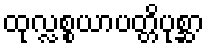
ထုလ္လစ္စယာပတ္တိပုစ္ဆာ